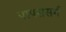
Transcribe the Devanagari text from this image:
पापसंसर्ग